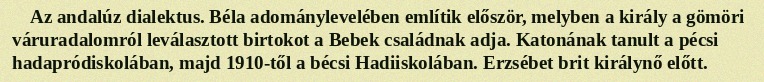
Az andalúz dialektus. Béla adománylevelében említik először, melyben a király a gömöri váruradalomról leválasztott birtokot a Bebek családnak adja. Katonának tanult a pécsi hadapródiskolában, majd 1910-től a bécsi Hadiiskolában. Erzsébet brit királynő előtt.